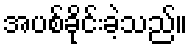
အပစ်ခိုင်းခဲ့သည်။